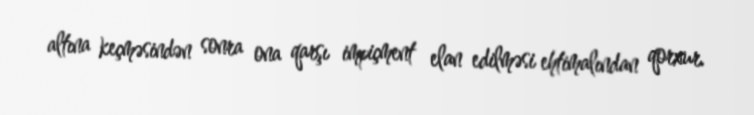
altına keçməsindən sonra ona qarşı impiçment elan edilməsi ehtimalından qorxur.